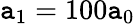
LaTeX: \mathtt{a}_{1}=100\mathtt{a}_{0}